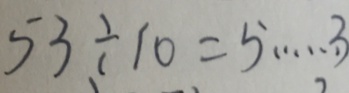
5 3 \div 1 0 = 5 \cdots 3